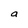
Character: a